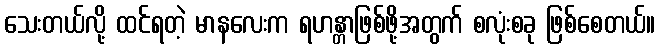
သေးတယ်လို့ ထင်ရတဲ့ မာနလေးက ရဟန္တာဖြစ်ဖို့အတွက် စလုံးစခု ဖြစ်စေတယ်။